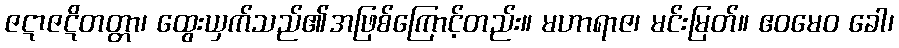
ဇဋာဇဋိတတ္တာ၊ ထွေးယှက်သည်၏အဖြစ်ကြောင့်တည်း။ မဟာရာဇ၊ မင်းမြတ်။ ဧဝမေဝ ခေါ၊